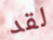
لقد